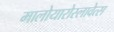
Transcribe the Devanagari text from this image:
मालोयारोस्लावेत्स